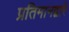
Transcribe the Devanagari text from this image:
प्रतिमानद्वारे